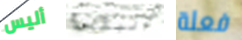
أليس البقعة فعلة